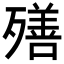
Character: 𣩧